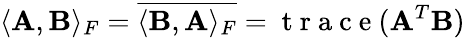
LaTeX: \langle\mathbf{A},\mathbf{B}\rangle_{F}=\overline{{\langle\mathbf{B},\mathbf{A}\rangle_{F}}}=\mathrm{~t~r~a~c~e~}(\mathbf{A}^{T}\mathbf{B})